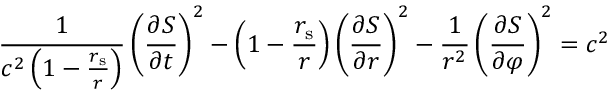
{ \frac { 1 } { c ^ { 2 } \left( 1 - { \frac { r _ { \mathrm { { s } } } } { r } } \right) } } \left( { \frac { \partial S } { \partial t } } \right) ^ { 2 } - \left( 1 - { \frac { r _ { \mathrm { { s } } } } { r } } \right) \left( { \frac { \partial S } { \partial r } } \right) ^ { 2 } - { \frac { 1 } { r ^ { 2 } } } \left( { \frac { \partial S } { \partial \varphi } } \right) ^ { 2 } = c ^ { 2 }